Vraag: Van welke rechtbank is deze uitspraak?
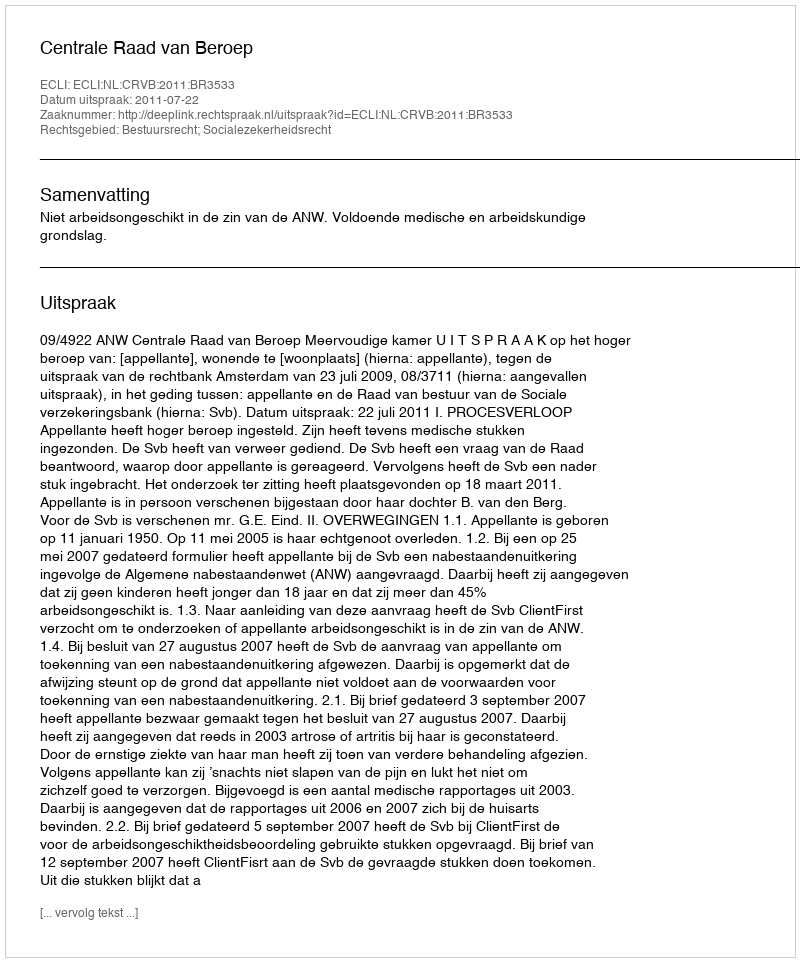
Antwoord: Centrale Raad van Beroep